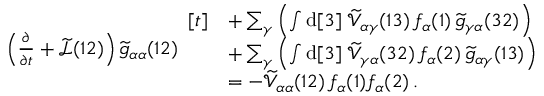
\begin{array} { r l } & { \left( \frac { \partial } { \partial t } + \widetilde { \mathcal { L } } ( 1 2 ) \right) \widetilde { g } _ { \alpha \alpha } ( 1 2 ) \begin{array} { r l } { [ t ] } & { + \sum _ { \gamma } \left( \int \mathrm { d } [ 3 ] \; \widetilde { \mathcal { V } } _ { \alpha \gamma } ( 1 3 ) \, f _ { \alpha } ( 1 ) \, \widetilde { g } _ { \gamma \alpha } ( 3 2 ) \right) } \\ & { + \sum _ { \gamma } \left( \int \mathrm { d } [ 3 ] \; \widetilde { \mathcal { V } } _ { \gamma \alpha } ( 3 2 ) \, f _ { \alpha } ( 2 ) \, \widetilde { g } _ { \alpha \gamma } ( 1 3 ) \right) } \\ & { = - \widetilde { \mathcal { V } } _ { \alpha \alpha } ( 1 2 ) \, f _ { \alpha } ( 1 ) f _ { \alpha } ( 2 ) \, . } \end{array} } \end{array}